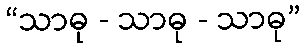
“သာဓု - သာဓု - သာဓု”